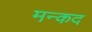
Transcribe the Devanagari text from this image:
मन्कद